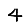
Digit: 4